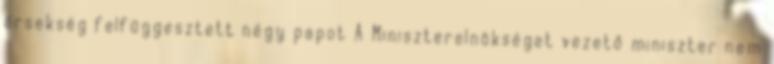
érsekség felfüggesztett négy papot A Miniszterelnökséget vezető miniszter nem